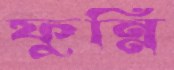
ফুন্নি